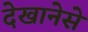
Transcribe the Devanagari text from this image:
देखानेसे